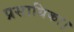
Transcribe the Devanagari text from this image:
प्रसाधिका।